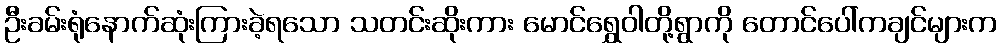
ဦးခမ်းရုံနောက်ဆုံးကြားခဲ့ရသော သတင်းဆိုးကား မောင်ရွှေဝါတို့ရွာကို တောင်ပေါ်ကချင်များက